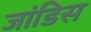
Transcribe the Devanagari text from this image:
जांडिस